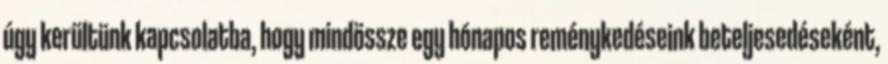
úgy kerültünk kapcsolatba, hogy mindössze egy hónapos reménykedéseink beteljesedéseként,